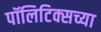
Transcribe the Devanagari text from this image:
पॉलिटिक्सच्या